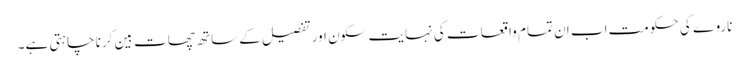
ناروے کی حکومت اب ان تمام واقعات کی نہایت سکون اور تفصیل کے ساتھ چھات بین کرنا چاہتی ہے۔